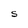
Character: S